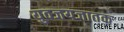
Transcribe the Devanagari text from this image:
युवजयजातक